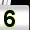
Digit: 5